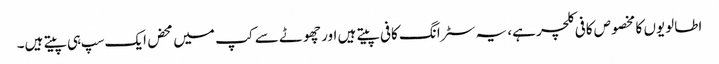
اطالویوں کا مخصوص کافی کلچر ہے، یہ سٹرانگ کافی پیتے ہیں اور چھوٹے سے کپ میں محض ایک سپ ہی پیتے ہیں۔